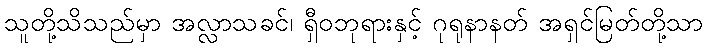
သူတို့သိသည်မှာ အလ္လာသခင်၊ ရှီဝဘုရားနှင့် ဂုရုနာနတ် အရှင်မြတ်တို့သာ